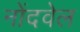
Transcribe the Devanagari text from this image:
नोंदवेल